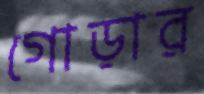
গোড়ার